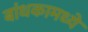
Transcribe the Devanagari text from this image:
बांधकामध्ये